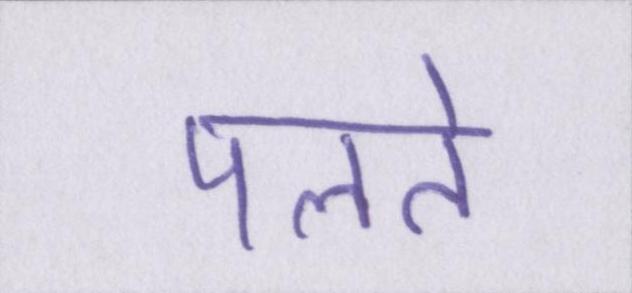
पलते